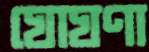
ঘোঘণা